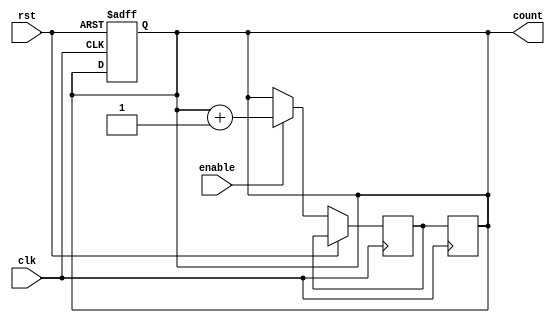
module binary_up_counter (
    input wire clk,
    input wire rst,
    input wire enable,
    output reg [N-1:0] count
);

// Parameter
parameter N = 4; // Number of bits in the counter

// Internal signals
reg [N-1:0] next_count;

// Counter logic
always @ (posedge clk or posedge rst) begin
    if (rst) begin
        count <= 0;
    end else begin
        if (enable) begin
            next_count <= count + 1;
        end else begin
            next_count <= count;
        end
    end
end

// Synchronous assignment
always @ (posedge clk) begin
    count <= next_count;
end

endmodule